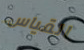
القياس